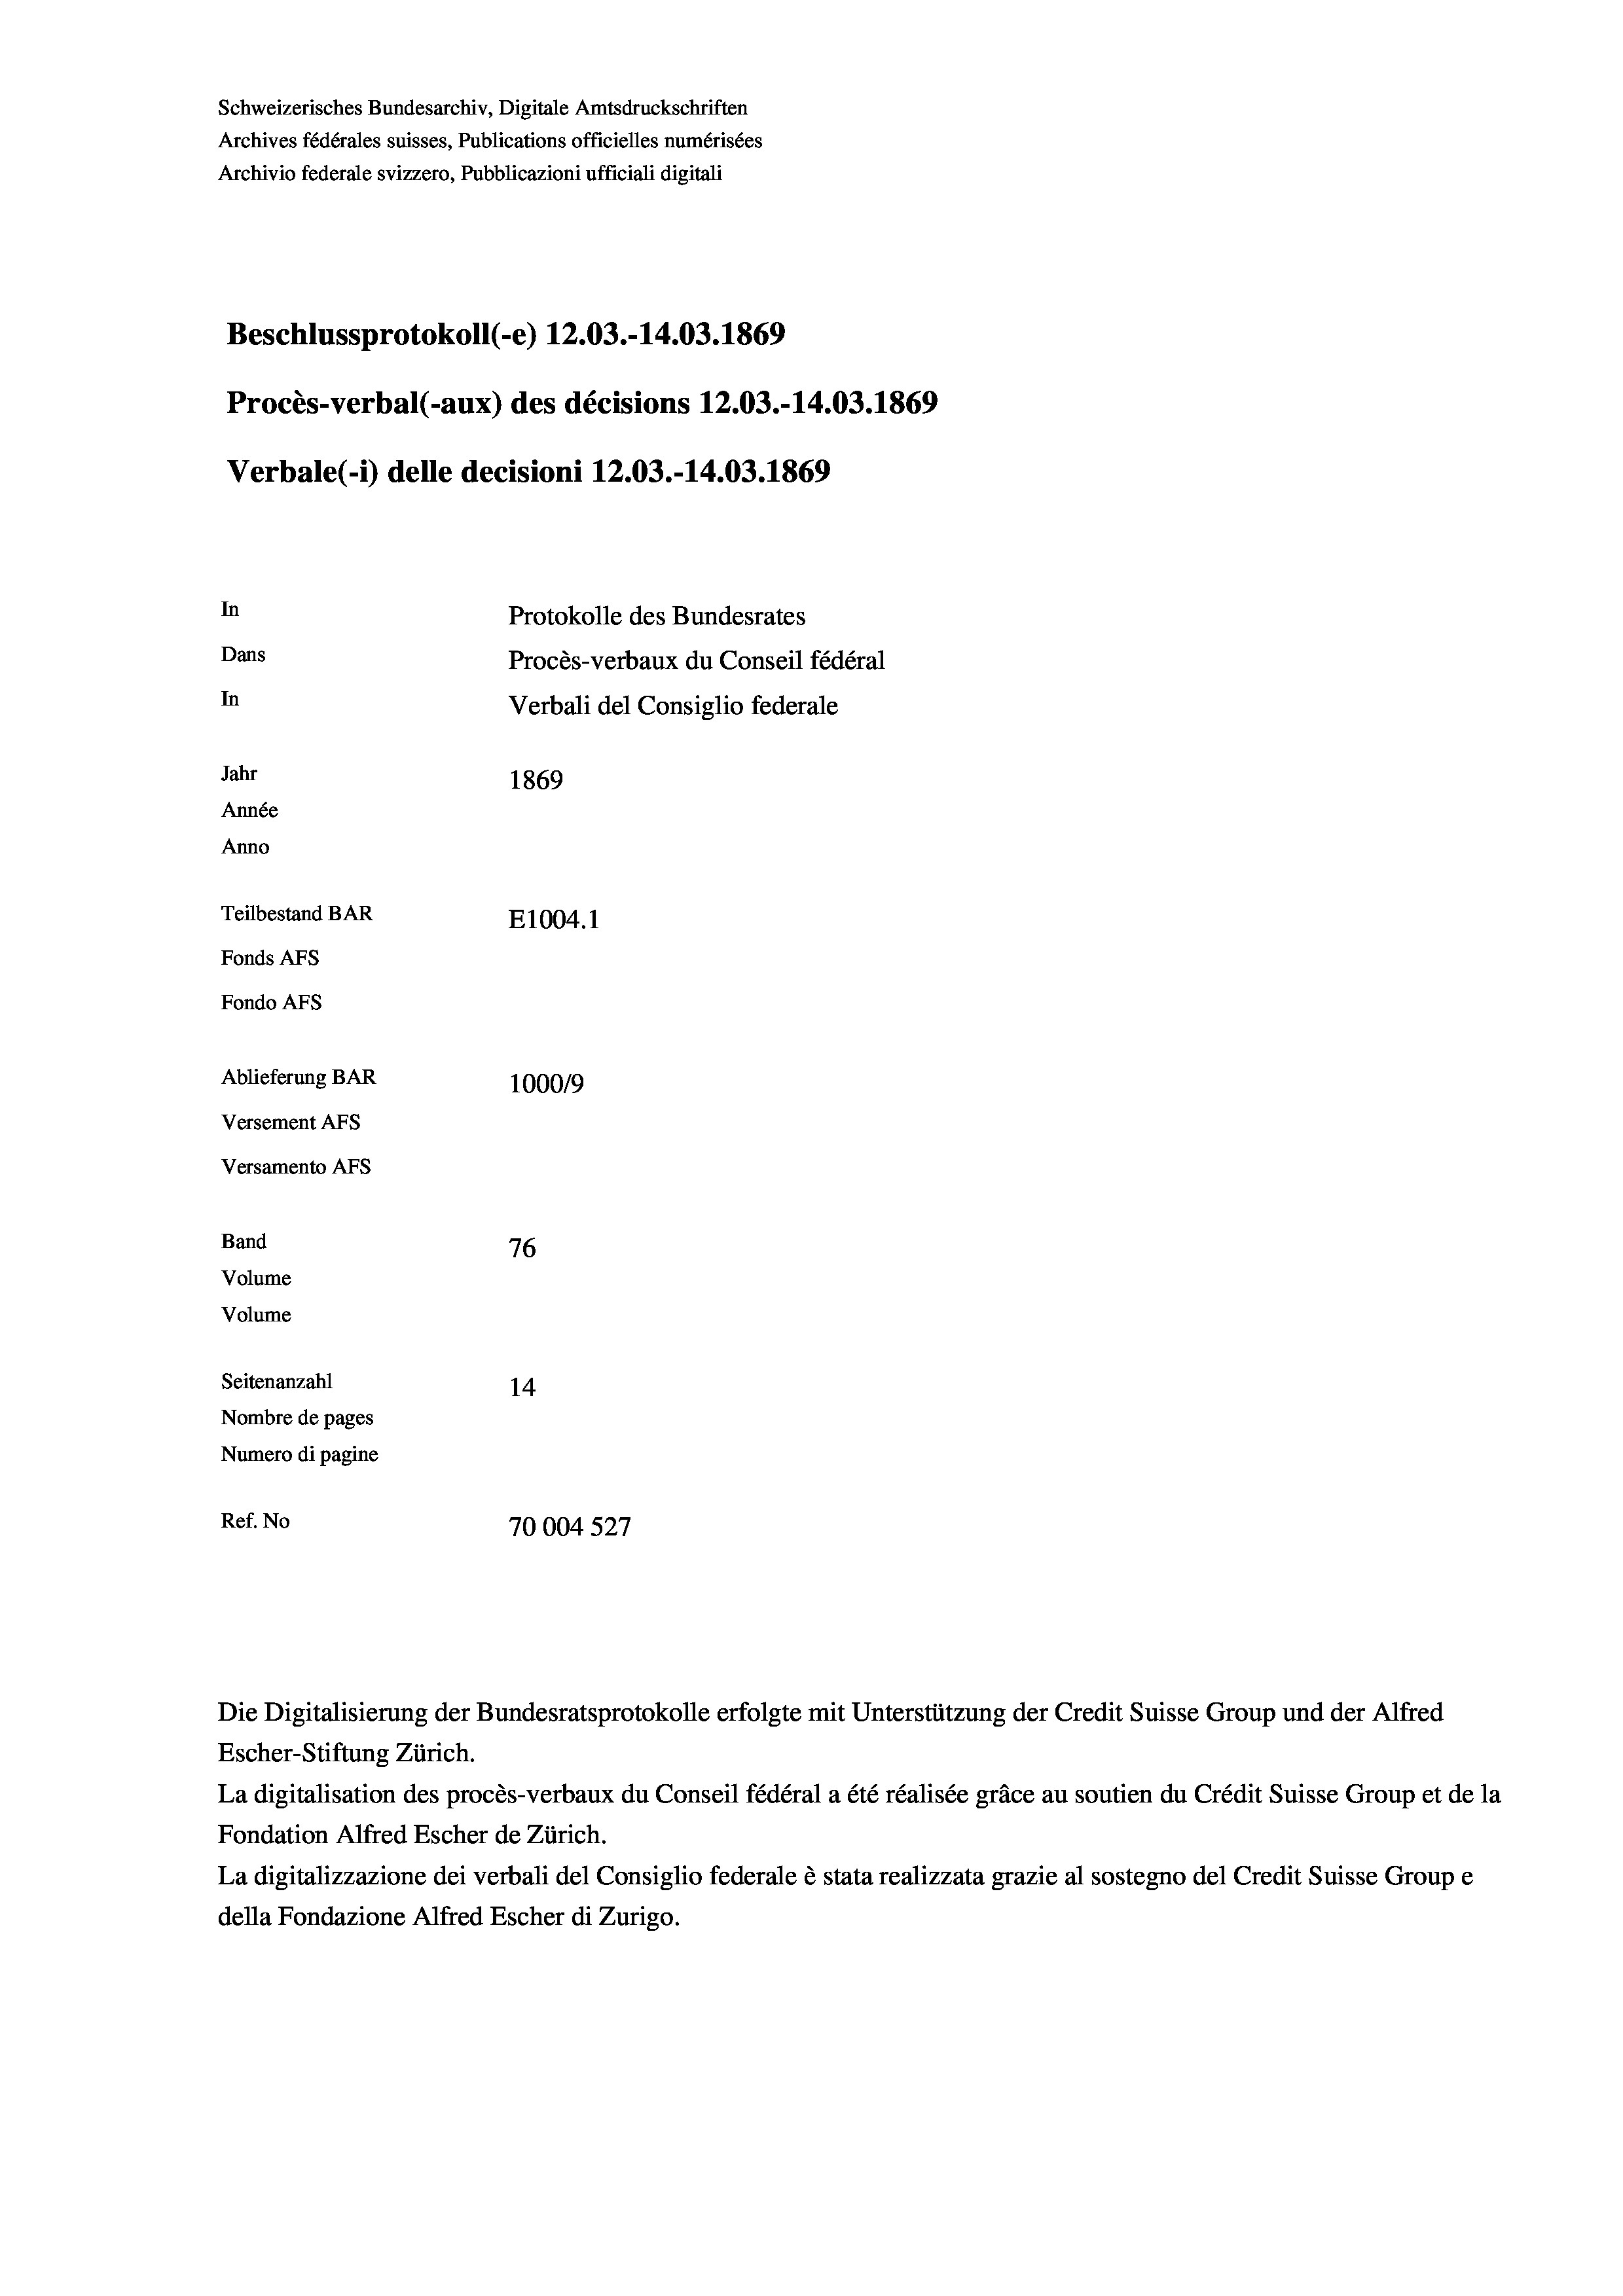
Schweizerisches Bundesarchiv, Digitale Amtsdruckschriften
Archives fédérales suisses, Publications officielles numérisées
Archivio federale svizzero, Pubblicazioni ufficiali digitali
Beschlussprotokoll (-e) 12.03.-14.03. 1869
Procès-verbal (-aux) des décisions 12.03.-14.03. 1869
Verbale (i) delle decisioni 12.03.-14.03. 1869
In
Protokolle des Bundesrates
Dans
Procès-verbaux du Conseil fédéral
In
Verbali del Consiglio federale
Jahr
1869
Année
Anno
Teilbestand BAR
E1004.1
Fonds AFs
Fondo AFS
Ablieferung BAR
100019
Versement AFs
Versamento AFs
Band
76
Volume
Volume
Seitenanzahl
14

Nombre de pages
Numero di pagine
e
Ref. No
70004527

Escher-Stiftung Zürich.
La digitalisation des procès-verbaux du Conseil fédéral a été réalisée gräce au soutien du Crédit Suisse Group et de la
Fondation Alfred Escher de Zürich.
La digitalizzazione dei verbali del Consiglio federale è stata realizzata grazie al sostegno del Credit Suisse Groupe
della Fondazione Alfred Escher di Zurigo.

Die Digitalisierung der Bundesratsprotokolle erfolgte mit Unterstützung der Credit Suisse Group und der Alfred